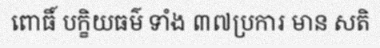
ពោធិ៍ បក្ខិយធម៌ ទាំង ៣៧ប្រការ មាន សតិ